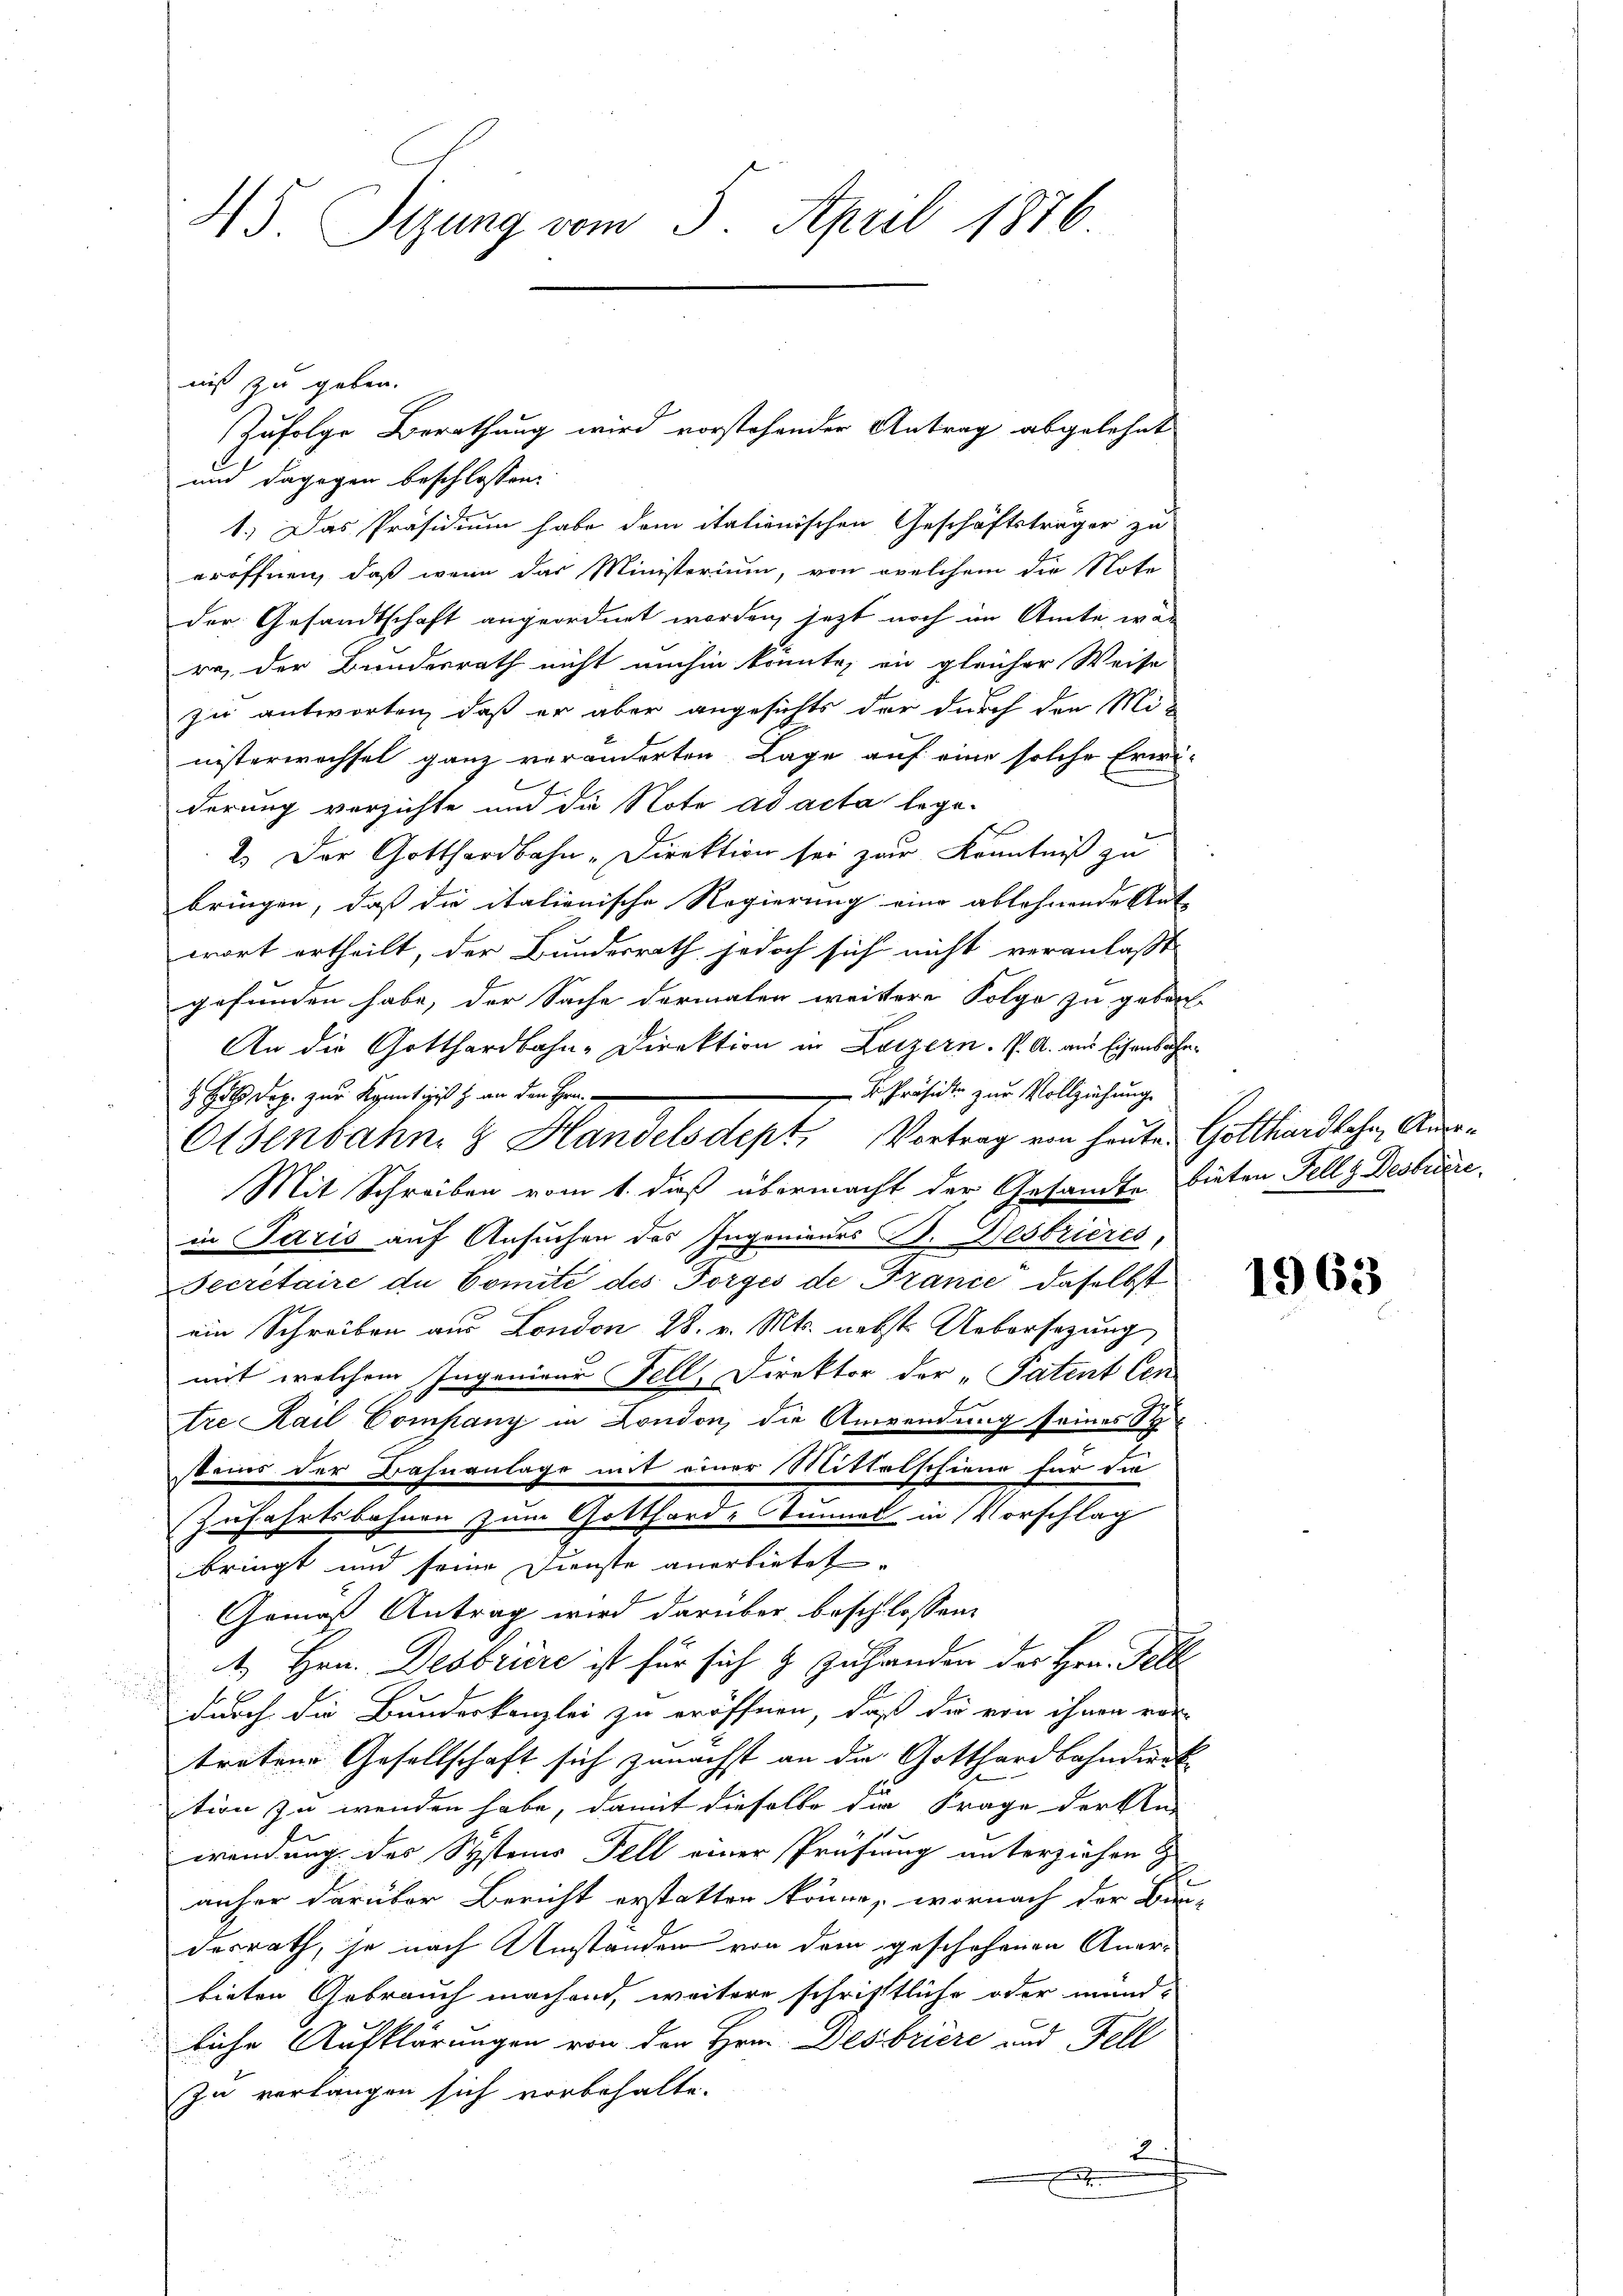
45. Segung vom 5. April 1876

nis zu geben.
Zufolge Berathung wird vorstehender Antrag abgelehnt
und dagegen beschlossen:
1.) Das Präsidium habe dem italienischen Geschäftsträger zu
eröffnen, daß wenn das Ministerium, von welchem die Note
der Gesandtschaft angeordnet worden, jezt noch im Amte, wär
ra, der Bundesrath nicht umhin könnte, in gleicher Weise
zu antworten, daß er aber angesichts der durch den Mi-
nisterwachsel ganz veränderten Lage auf eine solche Erwe
derung verzichte und die Note ad acta lege-
2.) Der Gotthardbahn-Direktion sei zur Kenntniß zu
bringen, daß die italienische Regierung eine ablehnende Ant-
wort ertheilt, der Bundesrath jedoch sich nicht veranlaßt
gefunden habe, der Sache dermalen weitere Folge zu geben
An die Gotthardbahn-Direktion in Luzern. P. A. aus Eisenbahn¬
 Präsidte zur Vollziehung
 Hals Dep. zur Kenntigis & an den Hrn.
Osenbahn & Handelsdept, Vortrag von heute Gotthardkohn, Aus¬
Mit Schreiben vom 1. dieß übermacht der Gesandte bieten Fellg Bestriere.
in Paris auf Ansuchen des Ingenieurs B. Gesbrières,
Secretaire de Comité des Torges de France, daselbst
ein Schreiben aus London 28. v. Mts. nebst Uebersezung
mit welchem Ingenieur Fell, Direktor der „Patent len
tre Kail Company in London, die Anwendung seines Sy
steuer der Bahnanlage mit einer Mittelschiene für die
Zufahrtsbahnen zum Gotthard-Tunner in Vorschlag
bringt und seine Dienste anerbietet.
Gemäß Antrag wird darüber beschlossen:
4. Hrn. Desbriere ist für sich & Zuhanden der Hrn. Felle
durch die Bundeskanzlei zu eröffnen, daß die von ihnen vor-
tretene Gesellschaft sich zunächst an die Gotthardbahndirek
tion zu wenden habe, damit dieselbe die Frage der kla
wendung des Systems Fell einer Prüfung unterziehen &
anher darüber Bericht erstatten könne, wornach der Bau-
desrath, je nach Umständen von dem geschehenen Anerbieten Gebrauch machend, weitere schriftliche oder münd-
liche Aufklärungen von den Hrn. Desbriere und Fell
zu verlangen sich vorbehalte.
2

1963